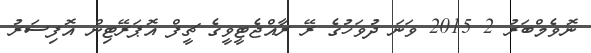
ނޮވެމްބަރު 2 2015 ވަނަ ދުވަހުގެ ރޭ ރާއްޖެޓީވީގެ ޗީފް އޮޕަރޭޓިން އޮފިސަރު